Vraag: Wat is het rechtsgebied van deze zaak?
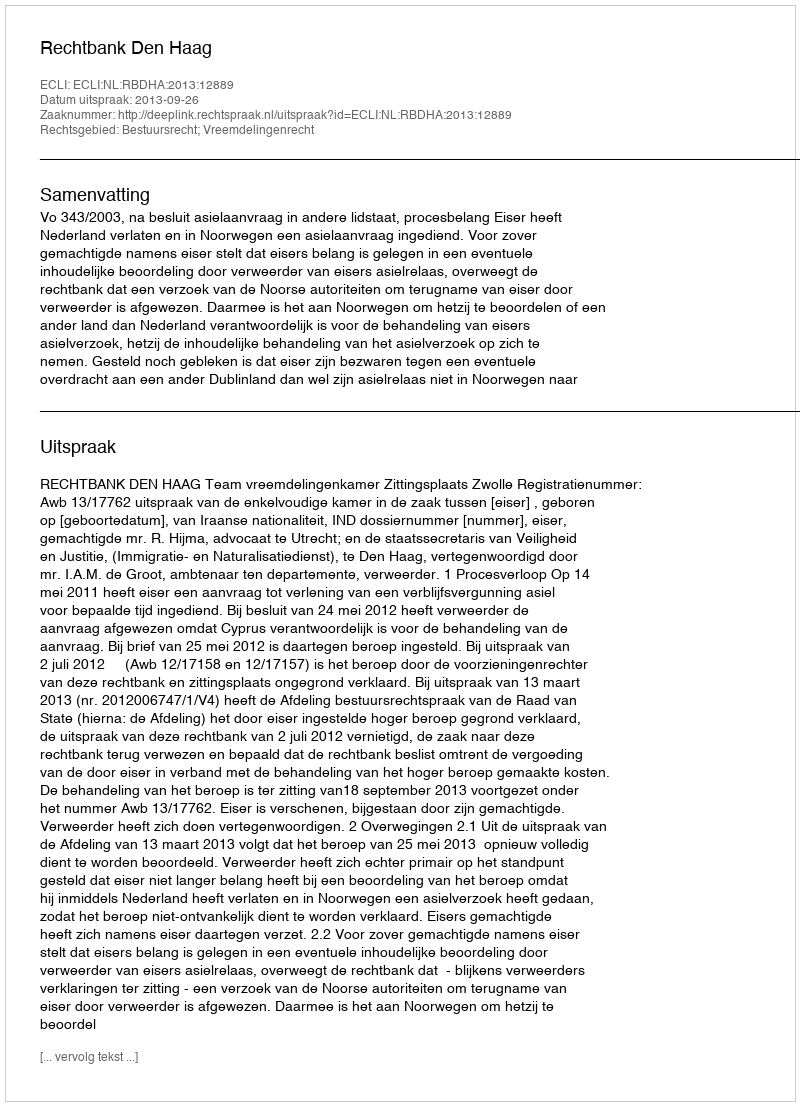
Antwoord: Bestuursrecht; Vreemdelingenrecht